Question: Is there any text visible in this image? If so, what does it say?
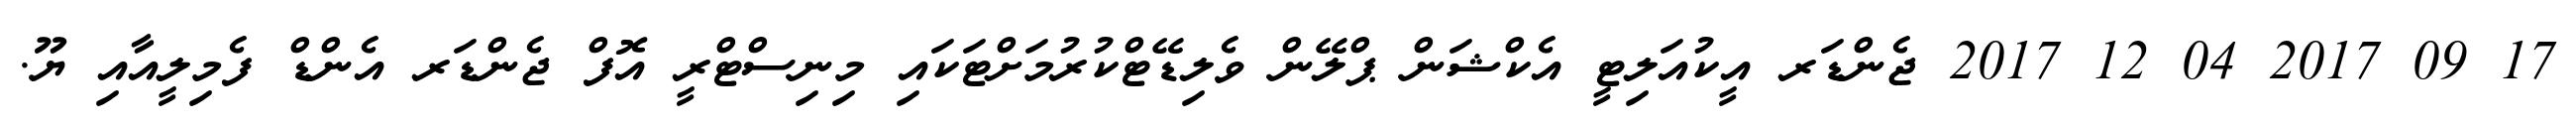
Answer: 17 09 2017 04 12 2017 ޖެންޑަރ އީކުއަލިޓީ އެކްޝަން ޕްލޭން ވެލިޑޭޓްކުރުމަށްޓަކައި މިނިސްޓްރީ އޮފް ޖެންޑަރ އެންޑް ފެމިލީއާއި ޔޫ.